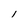
Character: l